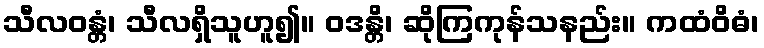
သီလဝန္တံ၊ သီလရှိသူဟူ၍။ ဝဒန္တိ၊ ဆိုကြကုန်သနည်း။ ကထံဝိဓံ၊